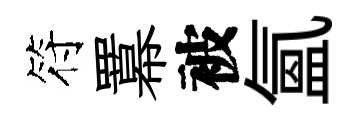
符羃被氳